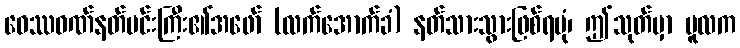
ဝေဿဝဏ်နတ်မင်းကြီး၏အဖော် (လက်အောက်ခံ) နတ်သားသွားဖြစ်ရပုံ၊ ဤသုတ်မှာ မူလက